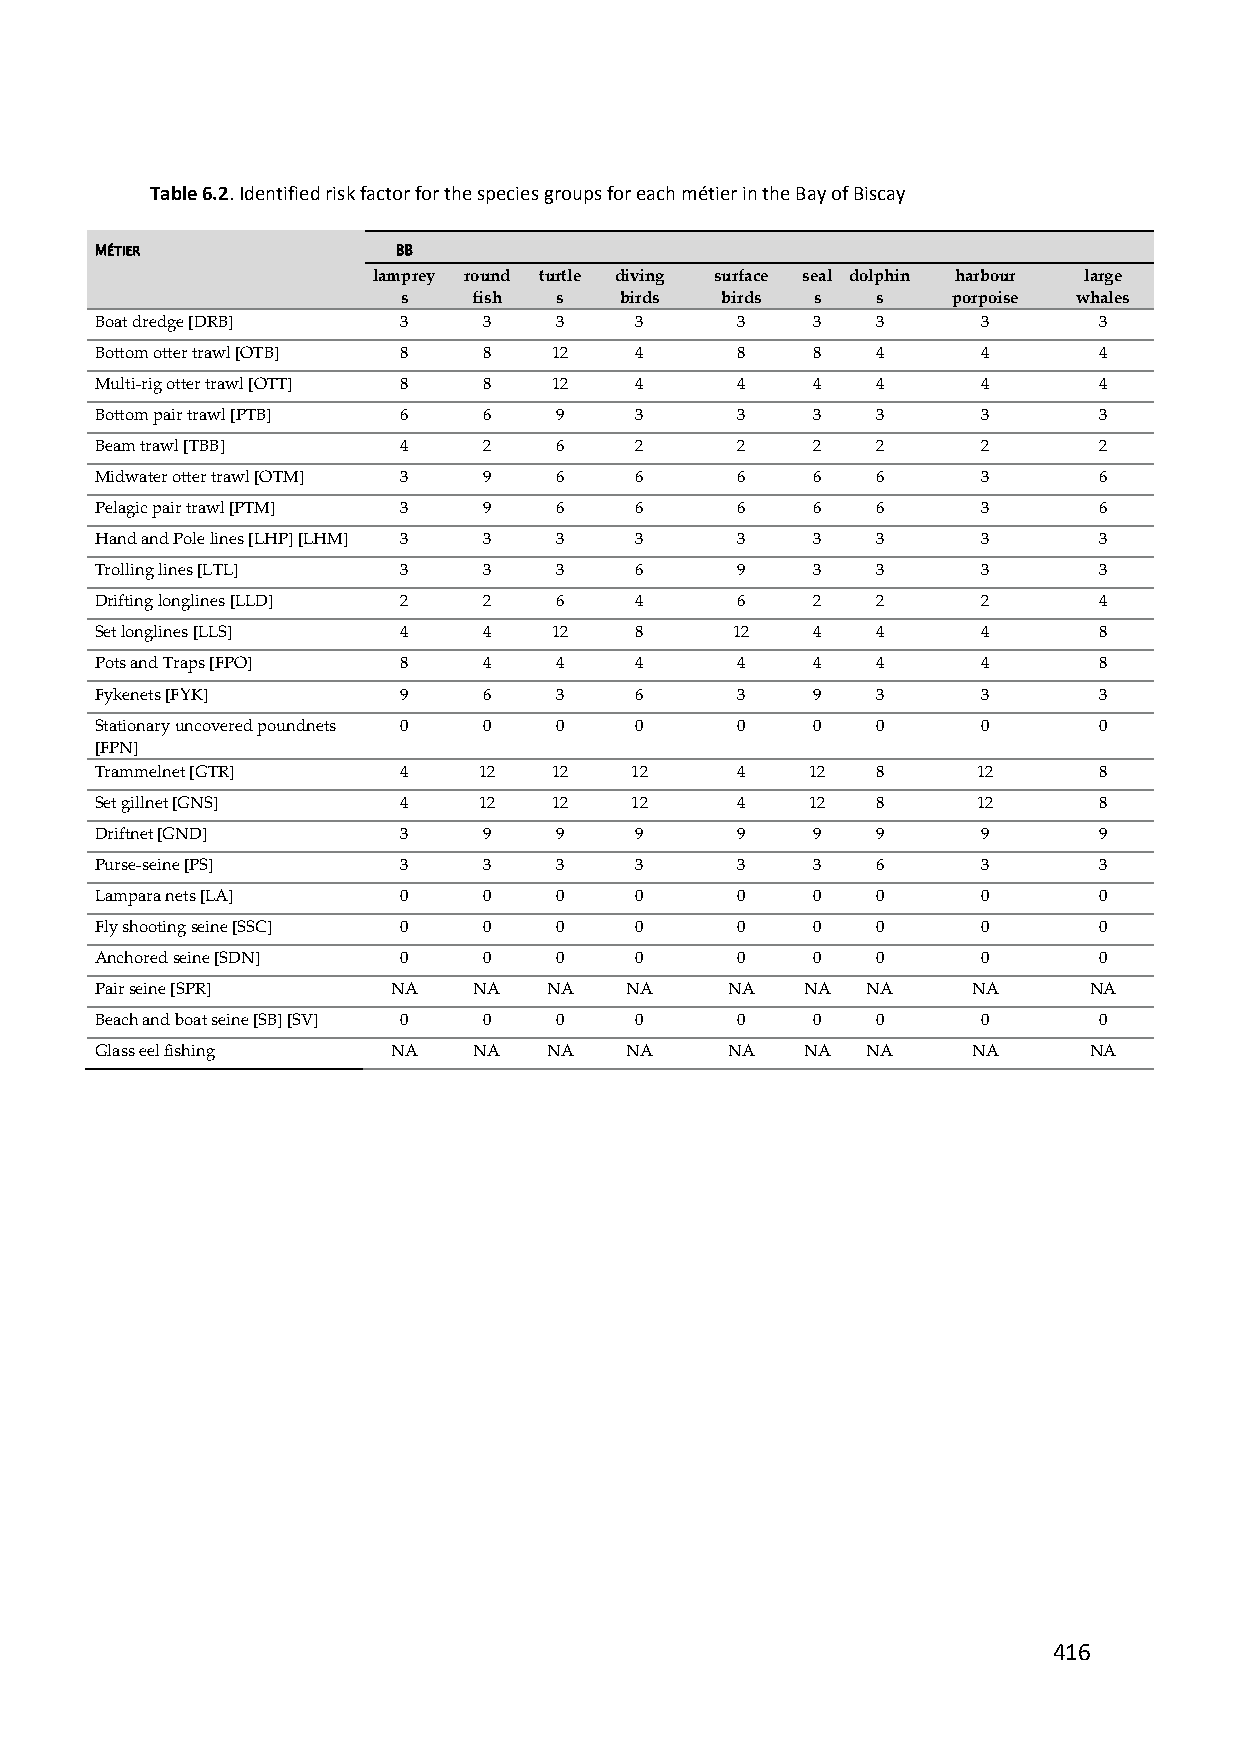
Table 6.2. Identified risk factor for the species groups for each métier in the Bay of Biscay
 MÉTIER              BB
 lamprey round turtle diving surface seal dolphin harbour large
 s    fish  s   birds  birds s   s    porpoise whales
 Boat dredge [DRB]   3     3    3    3      3    3   3      3       3
 Bottom otter trawl [OTB] 8 8   12   4      8    8   4      4       4
 Multi‐rig otter trawl [OTT] 8 8 12  4      4    4   4      4       4
 Bottom pair trawl [PTB] 6 6    9    3      3    3   3      3       3
 Beam trawl [TBB]    4     2    6    2      2    2   2      2       2
 Midwater otter trawl [OTM] 3 9 6    6      6    6   6      3       6
 Pelagic pair trawl [PTM] 3 9   6    6      6    6   6      3       6
 Hand and Pole lines [LHP] [LHM] 3 3 3 3    3    3   3      3       3
 Trolling lines [LTL] 3    3    3    6      9    3   3      3       3
 Drifting longlines [LLD] 2 2   6    4      6    2   2      2       4
 Set longlines [LLS] 4     4    12   8     12    4   4      4       8
 Pots and Traps [FPO] 8    4    4    4      4    4   4      4       8
 Fykenets [FYK]      9     6    3    6      3    9   3      3       3
 Stationary uncovered poundnets 0 0 0 0     0    0   0      0       0
 [FPN]
 Trammelnet [GTR]    4     12   12   12     4    12  8      12      8
 Set gillnet [GNS]   4     12   12   12     4    12  8      12      8
 Driftnet [GND]      3     9    9    9      9    9   9      9       9
 Purse‐seine [PS]    3     3    3    3      3    3   6      3       3
 Lampara nets [LA]   0     0    0    0      0    0   0      0       0
 Fly shooting seine [SSC] 0 0   0    0      0    0   0      0       0
 Anchored seine [SDN] 0    0    0    0      0    0   0      0       0
 Pair seine [SPR]    NA   NA   NA   NA     NA   NA  NA     NA      NA
 Beach and boat seine [SB] [SV] 0 0 0 0     0    0   0      0       0
 Glass eel fishing   NA   NA   NA   NA     NA   NA  NA     NA      NA
 416